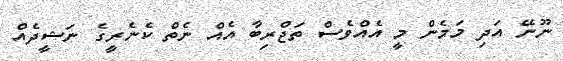
ނޫނޭ އަދި މަމެން މީ އެއްވެސް ތަޖްރިބާ އެއް ނެތް ކެނެރީގެ ނަޝީދެއް